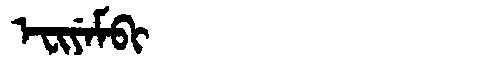
Manchu: ᡝᠸᡳᠶᡝᠮᠪᡳ
Romanization: EFIYEMBI